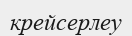
крейсерлеу